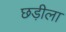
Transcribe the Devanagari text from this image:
छड़ीला